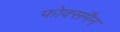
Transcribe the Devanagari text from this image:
फोक्समैन